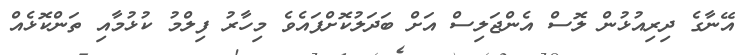
އޭނާގެ ދިރިއުޅުން ލޮސް އެންޖަލިސް އަށް ބަދަލުކޮށްފައެވެ މިހާރު ފިލްމު ކުޅުމާއި ތަންކޮޅެއް